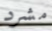
مشرد